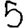
Digit: 5